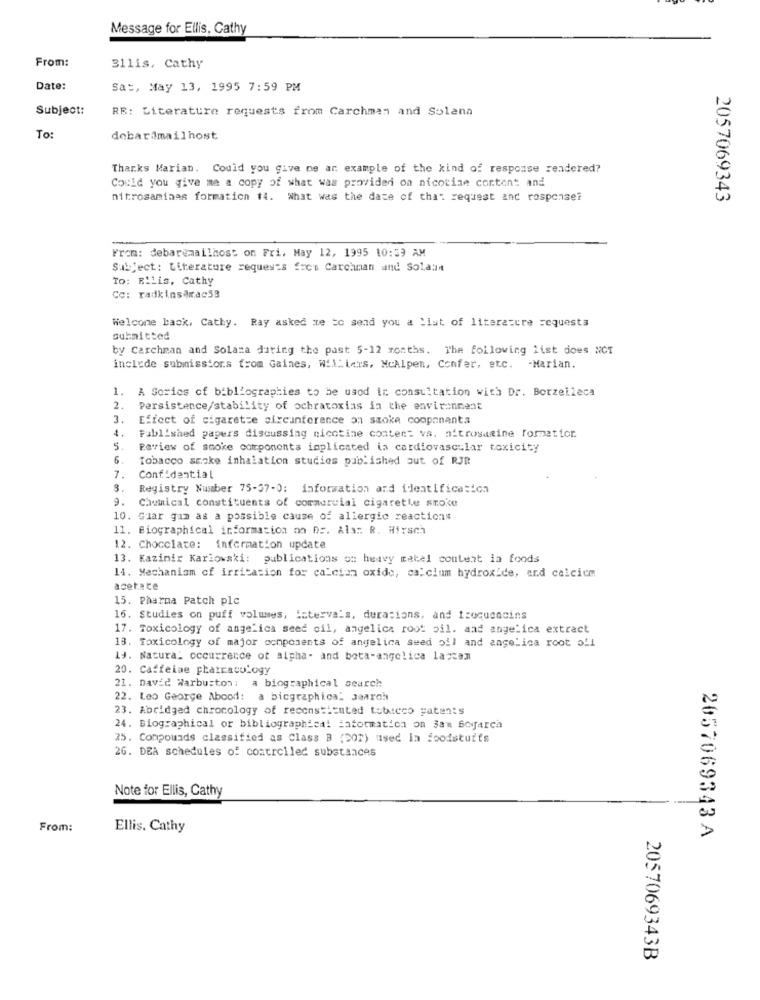
Message for Ellis, Cathy
From:
31lis, Cathy
Date:
Sat, May 13, 1995 7:59 PM
Subject:
RE: Literature requests from Carchman and Solana
To:
debarimailhost
Thanks Marian. Could you give me ar example of the kind of response rendered?
Could you give me a copy of what was provided on nicotine content and
nitrosaminas formation 14. What was the date of that request and response?
2057069343
From: debaremailhost on Fri, May 12, 1995 10:39 AM
Subject: Literature requests f=cu Carchman and Solaan
To: RiLis, Cathy
Cc: radkinsdrac53
Welcome back, Cathy. Ray asked me to send you a list of literature requests
submitted
by Carchman and Solana during the past 5-12 months. The following list does NOT
include submissions from Gaines, Wil: irs, McAlpen, Confer, etc. - Marian.
1. A Series of bibliographies to be usod ir consultation with Dr. Borzelleca
2.
Persistence/stability of ochratoxias in the environment
3.
Effect of cigarette circunference on szoke coopananta
4
Published papers discussing nicotine conter: vs. aitrosacine formatior.
5.
Review of smoke components implicated ia cardiovascular toxicity
6
Tobacco smoke inhalation studies published out of RJR
7.
Confidential
8.
Registry Number 75-37-0: information and identification
9.
Chemical constituents of commercial cigarette smoke
10. Guar gum as a possible cause of allergic reactions
11. Biographical information on Dr. Als :. R. Hirsch
12. Chocolate: information update
13. Kazimir Karlowski: publications on heavy matel content in foods
14. Mechanism of irritation for calcian oxide, calcium hydroxide, and calcicm
acetate
15. Pharma Patch plc
16. Studies on puff volumes, intervals. durations, and troqueacins
17. Toxicology of angelica seed oil, angelica root oil. aad angelica extract
13. Toxicology of major components of angelica seed oil and angelica root oll
Ly. Natura: occurrence of alpha- and beta-angelica laptan
20. Caffelae phatracology
21. David Warburton: a biographical search
22. Leo George Abood: a biographical search
23. Abridged chronology of reconstituted tottcco patents
24. Biographical or bibliographical Saformation on 3am Sogarca
25. Compounds classified as Class B (DOT) used In foodstuffs
26. DEà schedules of controlled substances
Note for Ellis, Cathy
From:
Ellis. Cathy
2057069343 A
2057069343B